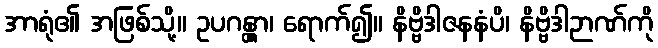
အာရုံ၏ အဖြစ်သို့။ ဥပဂန္တွာ၊ ရောက်၍။ နိဗ္ဗိဒါဇနနံပိ၊ နိဗ္ဗိဒါဉာဏ်ကို